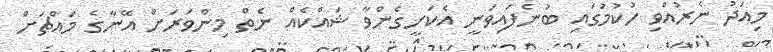
މިއަދު ނެރުއްވި ހުކުމުގައި ބުނެފައިވަނީ އެކަށީގެންވާ ޝައްކެއް ނެތް މިންވަރަށް އޭނާގެ މައްޗަށް